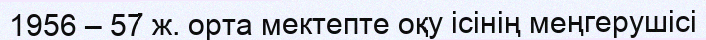
1956 – 57 ж. орта мектепте оқу ісінің меңгерушісі